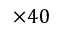
\times 4 0